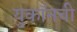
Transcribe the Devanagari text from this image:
युकॉनची